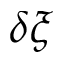
\delta \boldsymbol { \xi }